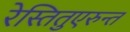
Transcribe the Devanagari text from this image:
रेस्तितुएरुन्त